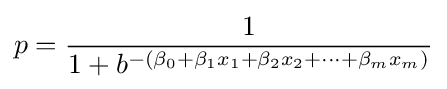
p={\frac {1}{1+b^{-(\beta _{0}+\beta _{1}x_{1}+\beta _{2}x_{2}+\cdots +\beta _{m}x_{m})}}}